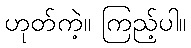
ဟုတ်ကဲ့။ ကြည့်ပါ။